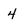
Character: 4